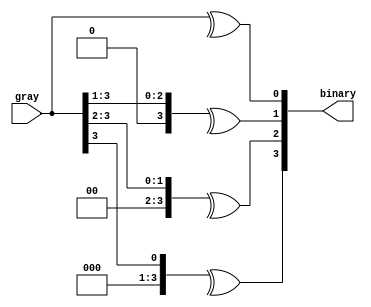
module g2b_converter #(parameter WIDTH=4) (input [WIDTH-1:0] gray, output
[WIDTH-1:0] binary);
 genvar i;
 generate
 for(i=0;i<WIDTH;i++) begin
 assign binary[i] = ^(gray >> i);
 end
 endgenerate
endmodule